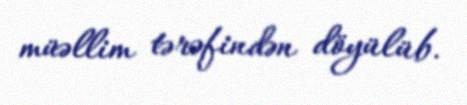
müəllim tərəfindən döyülüb.